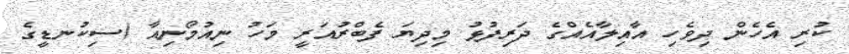
ކުރި އެހެން ދިވެހި އާއިލާއެއްގެ ދަރިފުޅު މިދިޔަ ފެބްރުއަރީ މަހު ނިއުމޯނިއާ (ސިކުނޑީގެ